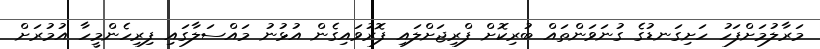
މަރާލުމަށްފަހު ހަށިގަނޑުގެ ގުނަވަންތައް ބުރިކޮށް ފްރިޖަށްލައި ފޮރުވައިގެން އުޅުނު މައްސަލާގައި ފިރިހެންމީހާ އުމުރަށް